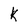
Character: K